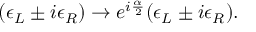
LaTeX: ( \epsilon _ { L } \pm i \epsilon _ { R } ) \rightarrow e ^ { i { \frac { \alpha } { 2 } } } ( \epsilon _ { L } \pm i \epsilon _ { R } ) .